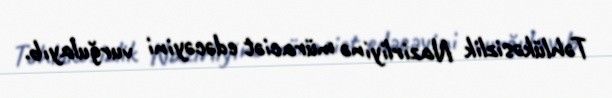
Təhlükəsizlik Nazirliyinə müraciət edəcəyini vurğulayıb.